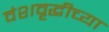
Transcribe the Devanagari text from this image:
वंशवृद्धीच्या